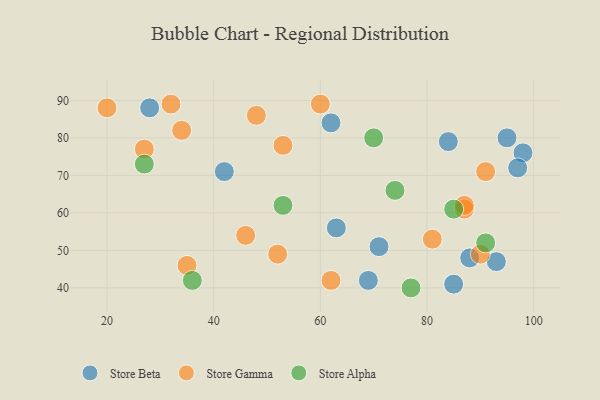
{"axis": {"x": "GDP", "y": "Life Expectancy"}, "legend": ["Store Alpha", "Store Beta", "Store Gamma"], "data": [{"x": "28", "y": 88, "type": "Store Beta"}, {"x": "85", "y": 41, "type": "Store Beta"}, {"x": "63", "y": 56, "type": "Store Beta"}, {"x": "42", "y": 71, "type": "Store Beta"}, {"x": "69", "y": 42, "type": "Store Beta"}, {"x": "88", "y": 48, "type": "Store Beta"}, {"x": "95", "y": 80, "type": "Store Beta"}, {"x": "98", "y": 76, "type": "Store Beta"}, {"x": "62", "y": 84, "type": "Store Beta"}, {"x": "97", "y": 72, "type": "Store Beta"}, {"x": "71", "y": 51, "type": "Store Beta"}, {"x": "93", "y": 47, "type": "Store Beta"}, {"x": "84", "y": 79, "type": "Store Beta"}, {"x": "53", "y": 78, "type": "Store Gamma"}, {"x": "46", "y": 54, "type": "Store Gamma"}, {"x": "87", "y": 61, "type": "Store Gamma"}, {"x": "27", "y": 77, "type": "Store Gamma"}, {"x": "60", "y": 89, "type": "Store Gamma"}, {"x": "48", "y": 86, "type": "Store Gamma"}, {"x": "35", "y": 46, "type": "Store Gamma"}, {"x": "20", "y": 88, "type": "Store Gamma"}, {"x": "34", "y": 82, "type": "Store Gamma"}, {"x": "52", "y": 49, "type": "Store Gamma"}, {"x": "81", "y": 53, "type": "Store Gamma"}, {"x": "87", "y": 62, "type": "Store Gamma"}, {"x": "90", "y": 49, "type": "Store Gamma"}, {"x": "32", "y": 89, "type": "Store Gamma"}, {"x": "91", "y": 71, "type": "Store Gamma"}, {"x": "62", "y": 42, "type": "Store Gamma"}, {"x": "91", "y": 52, "type": "Store Alpha"}, {"x": "77", "y": 40, "type": "Store Alpha"}, {"x": "70", "y": 80, "type": "Store Alpha"}, {"x": "74", "y": 66, "type": "Store Alpha"}, {"x": "27", "y": 73, "type": "Store Alpha"}, {"x": "36", "y": 42, "type": "Store Alpha"}, {"x": "53", "y": 62, "type": "Store Alpha"}, {"x": "85", "y": 61, "type": "Store Alpha"}]}